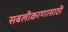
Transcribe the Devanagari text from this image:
सबलीकरणासाठी